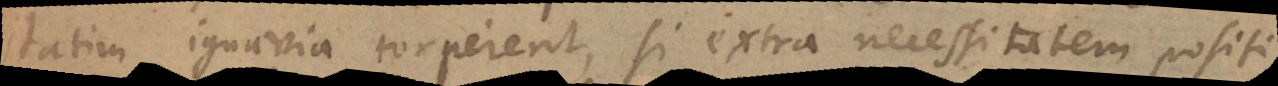
statim ignavia torperent, si extra necessitatem positi